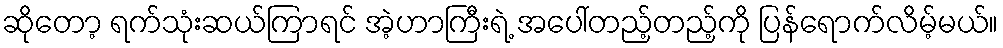
ဆိုတော့ ရက်သုံးဆယ်ကြာရင် အဲ့ဟာကြီးရဲ့ အပေါ်တည့်တည့်ကို ပြန်ရောက်လိမ့်မယ်။